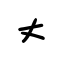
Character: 丈